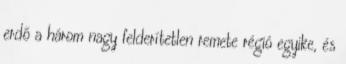
erdő a három nagy felderítetlen remete régió egyike, és